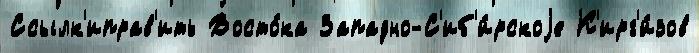
Ссылк'иправ'ить Восто́ка Западно-С'иб'и́рскоjе К'ирг'и́зов